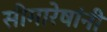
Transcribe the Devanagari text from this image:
सीमारेषांनी